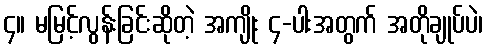
၄။ မမြင့်လွန်းခြင်းဆိုတဲ့ အကျိုး ၄-ပါးအတွက် အတိုချုပ်ပဲ၊